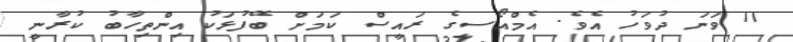
11 ވަނަ ދުވަހު އެވެ. އެމްއޯސީގެ ރައީސް ކަމަަށް ބޭފުޅަކު އިންތިހާބު ކުރާނީ